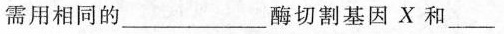
需用相同的___酶切割基因X和___